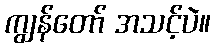
ကျွန်တော် အသင့်ပဲ။